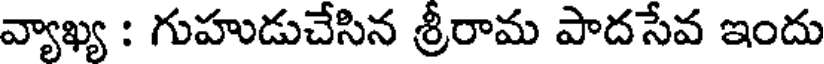
వ్యాఖ్య : గుహుడుచేసిన శ్రీరామ పాదసేవ ఇందు